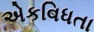
એકવિધતા